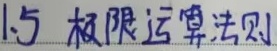
1.5 极限运算法则